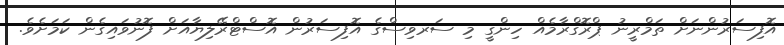
އޮފިސަރުންނަށް ތަމްރީނު ޕްރޮގްރާމެއް ހިންގީ މި ސަރވިސްގެ އޮފިސަރުން އޮސްޓްރޭލިޔާއަށް ފޮނުވައިގެން ކަމަށެވެ.